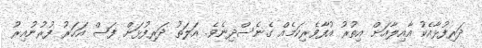
ދަރިފުޅާއެކު އާއިލާއަށް އިތުރު އުފާވެރިކަމެއް ގެނެސްދިނެވެ. އަލަތު ދަރިފުޅަށް ފަސް އަހަރު ފުރުނުއިރު